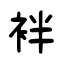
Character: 袢